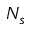
N _ { s }